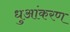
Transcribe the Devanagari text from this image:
धुआंकरण